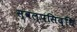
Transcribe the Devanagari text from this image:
स्वल्पसिद्धि